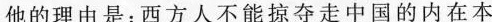
他的理由是：西方人不能掠夺走中国的内在本